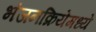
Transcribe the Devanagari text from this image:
भंजनक्रियेमध्ये